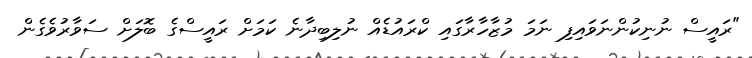
"ރައީސް ނުނިކުންނަވައިފި ނަމަ މުޒާހާރާގައި ކްރައުޑެއް ނުލިބިދާނެ ކަމަށް ރައީސްގެ ބޮލަށް ސަވާރުވެގެން